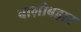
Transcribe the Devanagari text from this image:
बाग़ोबहार